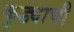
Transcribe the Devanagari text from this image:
कुड्याची